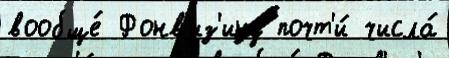
вообще́ Фонв'из'ину почт'и́ числа́